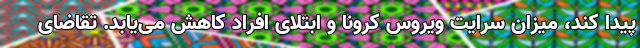
پیدا کند، میزان سرایت ویروس کرونا و ابتلای افراد کاهش می‌یابد. تقاضای